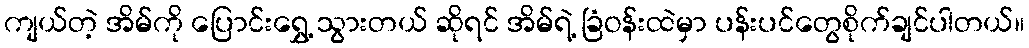
ကျယ်တဲ့ အိမ်ကို ပြောင်းရွှေ့ သွားတယ် ဆိုရင် အိမ်ရဲ့ ခြံဝန်းထဲမှာ ပန်းပင်တွေစိုက်ချင်ပါတယ်။